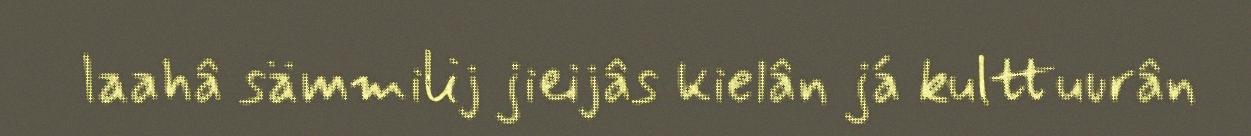
laahâ sämmilij jieijâs kielân já kulttuurân